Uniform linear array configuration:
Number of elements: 64
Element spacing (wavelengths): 0.75
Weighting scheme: binomial
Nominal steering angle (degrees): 60
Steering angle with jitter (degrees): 60.559
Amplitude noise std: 0.05
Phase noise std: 0.05

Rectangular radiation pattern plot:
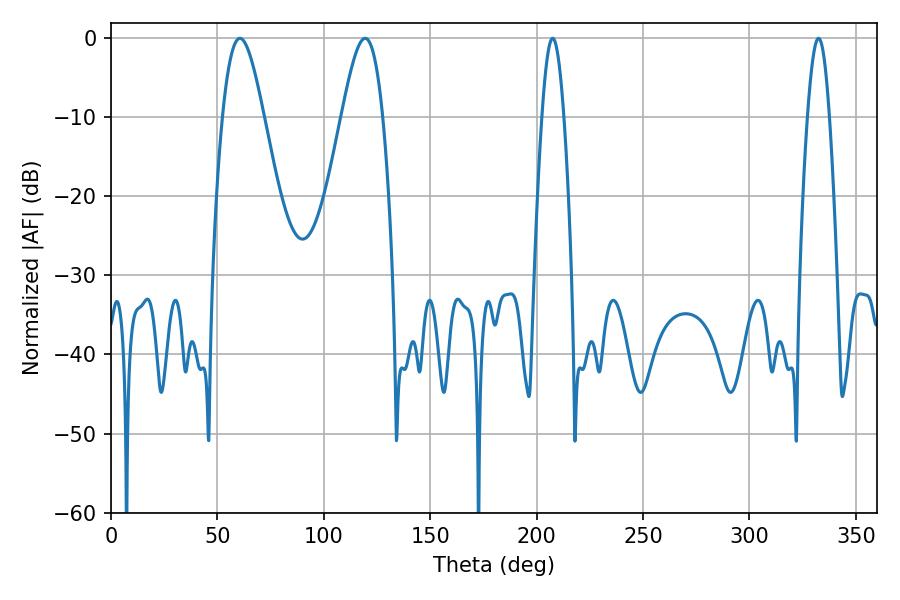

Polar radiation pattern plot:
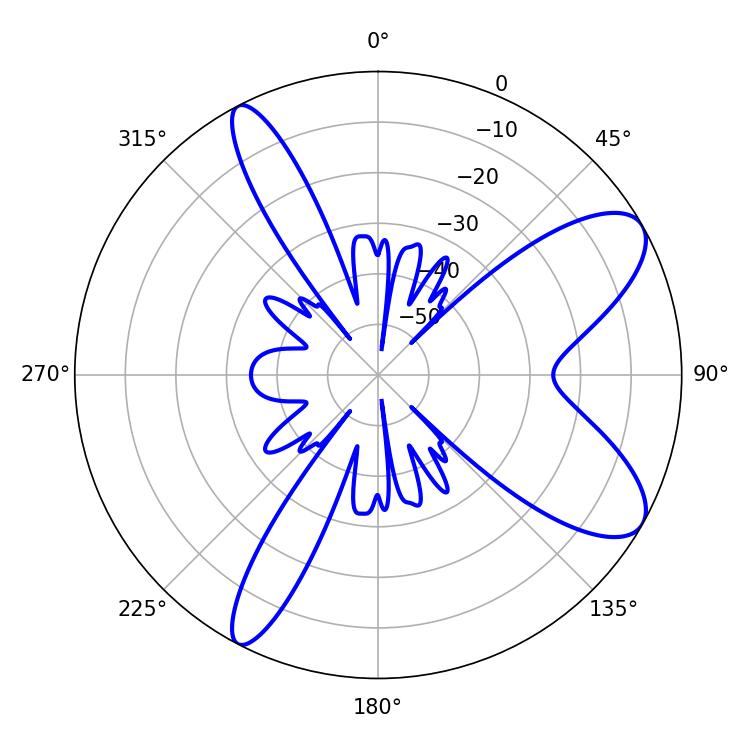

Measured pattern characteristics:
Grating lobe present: TRUE
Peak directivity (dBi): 9.007
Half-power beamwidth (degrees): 5.58
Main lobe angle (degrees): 207.54